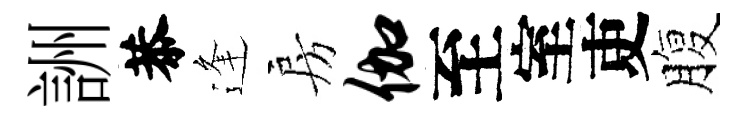
詶恭逢房伽至室吏腹